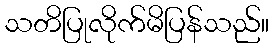
သတိပြုလိုက်မိပြန်သည်။